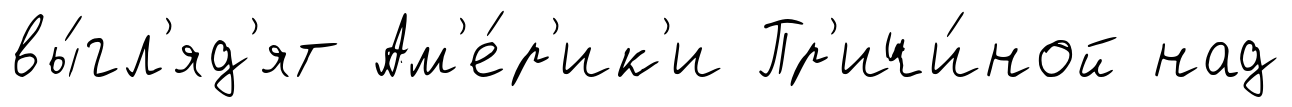
вы́гл'яд'ят Ам'е́р'ик'и Пр'ичи́ной над